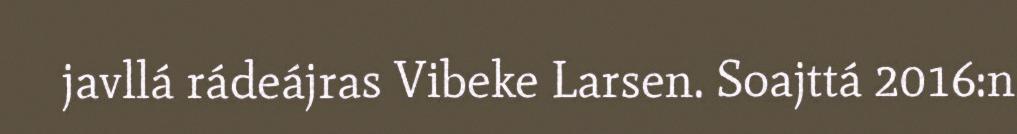
javllá rádeájras Vibeke Larsen. Soajttá 2016:n